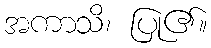
အကာသိ၊ ပြု၏။